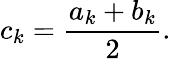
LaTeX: c_{k}={\frac{a_{k}+b_{k}}{2}}.